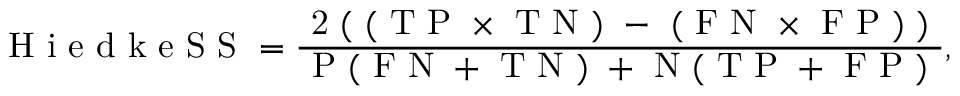
\mathrm { ~ H ~ i ~ e ~ d ~ k ~ e ~ S ~ S ~ } = \frac { \mathrm { ~ 2 ~ ( ~ ( ~ T ~ P ~ \times ~ T ~ N ~ ) ~ - ~ ( ~ F ~ N ~ \times ~ F ~ P ~ ) ~ ) ~ } } { \mathrm { ~ P ~ ( ~ F ~ N ~ + ~ T ~ N ~ ) ~ + ~ N ~ ( ~ T ~ P ~ + ~ F ~ P ~ ) ~ } } ,